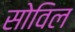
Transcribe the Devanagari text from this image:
सोविल